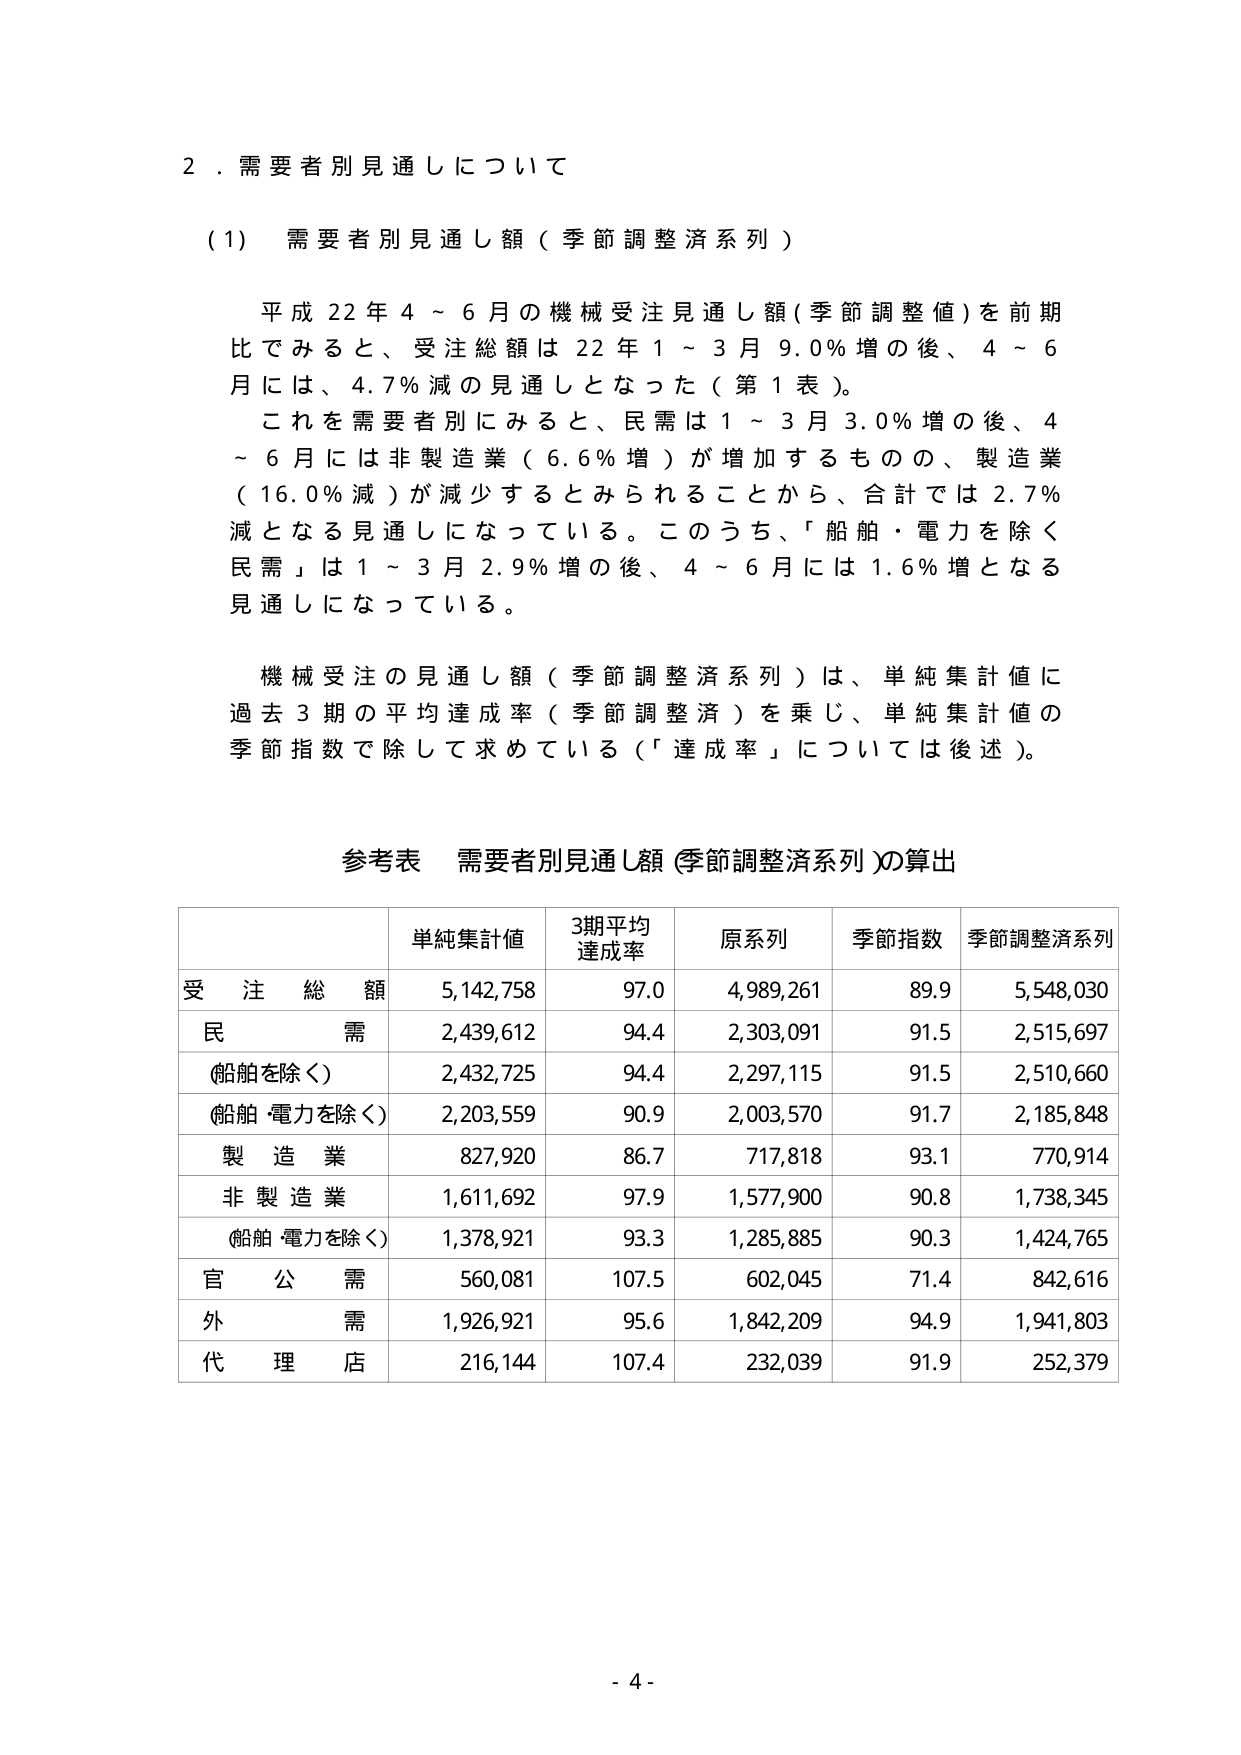
2．需要者別見通しについて

(1) 需要者別見通し額（季節調整済系列）

平成22年4～6月の機械受注見通し額（季節調整値）を前期比でみると、受注総額は22年1～3月9.0％増の後、4～6月には、4.7％減の見通しとなった（第1表）。
これを需要者別にみると、民需は1～3月3.0％増の後、4～6月には非製造業（6.6％増）が増加するものの、製造業（16.0％減）が減少するとみられることから、合計では2.7％減となる見通しになっている。このうち、「船舶・電力を除く民需」は1～3月2.9％増の後、4～6月には1.6％増となる見通しになっている。

機械受注の見通し額（季節調整済系列）は、単純集計値に過去3期の平均達成率（季節調整済）を乗じ、単純集計値の季節指数で除して求めている（「達成率」については後述）。

参考表 需要者別見通し額（季節調整済系列）の算出

| | 単純集計値 | 3期平均達成率 | 原系列 | 季節指数 | 季節調整済系列 |
|---|---|---|---|---|---|
| 受注総額 | 5,142,758 | 97.0 | 4,989,261 | 89.9 | 5,548,030 |
| 民需 | 2,439,612 | 94.4 | 2,303,091 | 91.5 | 2,515,697 |
| （船舶を除く） | 2,432,725 | 94.4 | 2,297,115 | 91.5 | 2,510,660 |
| （船舶・電力を除く） | 2,203,559 | 90.9 | 2,003,570 | 91.7 | 2,185,848 |
| 製造業 | 827,920 | 86.7 | 717,818 | 93.1 | 770,914 |
| 非製造業 | 1,611,692 | 97.9 | 1,577,900 | 90.8 | 1,738,345 |
| （船舶・電力を除く） | 1,378,921 | 93.3 | 1,285,885 | 90.3 | 1,424,765 |
| 官公需 | 560,081 | 107.5 | 602,045 | 71.4 | 842,616 |
| 外需 | 1,926,921 | 95.6 | 1,842,209 | 94.9 | 1,941,803 |
| 代理店 | 216,144 | 107.4 | 232,039 | 91.9 | 252,379 |

- 4 -